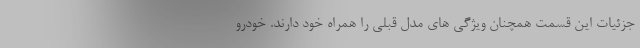
جزئیات این قسمت همچنان ویژگی های مدل قبلی را همراه خود دارند. خودرو